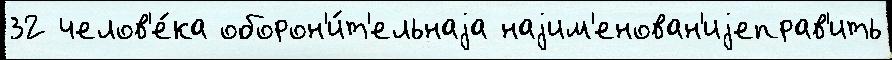
32 челов'е́ка оборон'и́т'ельнаjа наjим'енован'иjеправ'ить